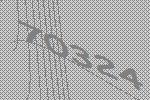
70324